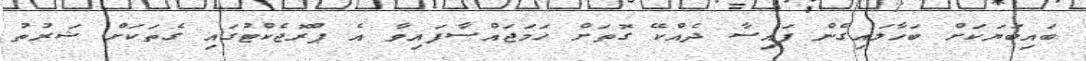
ބައިބަޔަކަށް ބަހާލައިގެން ފައިސާ ދެއްކޭ ގޮތަށް ހަމަޖައްސާފައިވާ އެ ޕްރޮޖެކްޓުގައި ގެތަކަށް ޝަރުތު